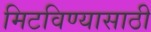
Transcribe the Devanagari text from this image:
मिटविण्यासाठी